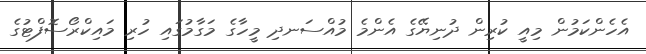
އެހެންކަމުން މިއީ ކުރިން ދުނިޔޭގެ އެންމެ މުއްސަނދި މީހާގެ މަގާމުގައި ހުރި މައިކްރޯސޮފްޓުގެ